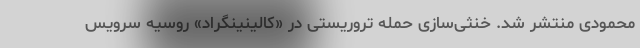
محمودی منتشر شد. خنثی‌سازی حمله تروریستی در «کالینینگراد» روسیه سرویس